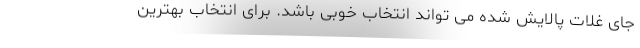
جای غلات پالایش شده می تواند انتخاب خوبی باشد. برای انتخاب بهترین